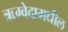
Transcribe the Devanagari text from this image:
ऋग्वेदामधील